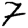
Digit: 7